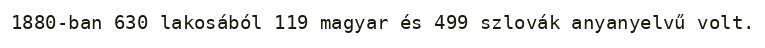
1880-ban 630 lakosából 119 magyar és 499 szlovák anyanyelvű volt.